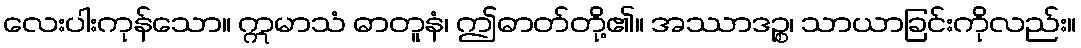
လေးပါးကုန်သော။ ဣမာသံ ဓာတူနံ၊ ဤဓာတ်တို့၏။ အဿာဒဉ္စ၊ သာယာခြင်းကိုလည်း။